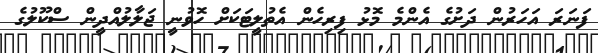
ފަނަރަ އަހަރުން ދަށުގެ އެންމެ މޮޅު ފިރިހެން އެތުލީޓަކަށް ހޮވުނީ ޖަލާލުއްދީން ސްކޫލުގެ